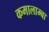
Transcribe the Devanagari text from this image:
कमालाम्बा